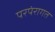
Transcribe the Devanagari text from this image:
परपंरागत